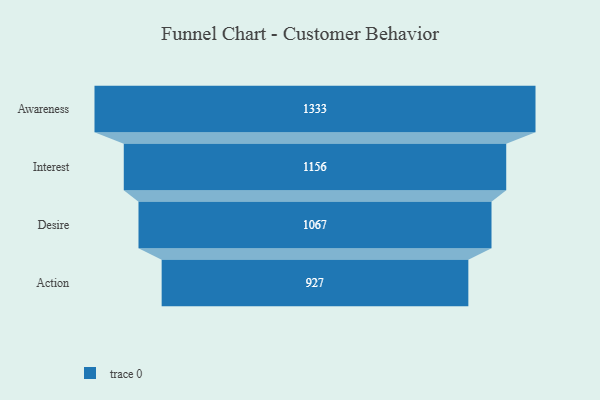
{"axis": {"x": "Stage", "y": "Value"}, "legend": [""], "data": [{"x": "Awareness", "y": 1333.0, "type": ""}, {"x": "Interest", "y": 1156.0, "type": ""}, {"x": "Desire", "y": 1067.0, "type": ""}, {"x": "Action", "y": 927.0, "type": ""}]}